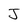
Character: J